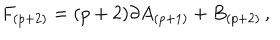
F _ { ( p + 2 ) } = ( p + 2 ) \partial A _ { ( p + 1 ) } + B _ { ( p + 2 ) } \, ,